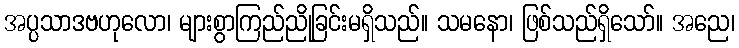
အပ္ပသာဒဗဟုလော၊ များစွာကြည်ညိုခြင်းမရှိသည်။ သမနော၊ ဖြစ်သည်ရှိသော်။ အညေ၊